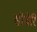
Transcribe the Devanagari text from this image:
सीबेरि